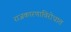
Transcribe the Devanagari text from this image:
राजकारणाविरोधात